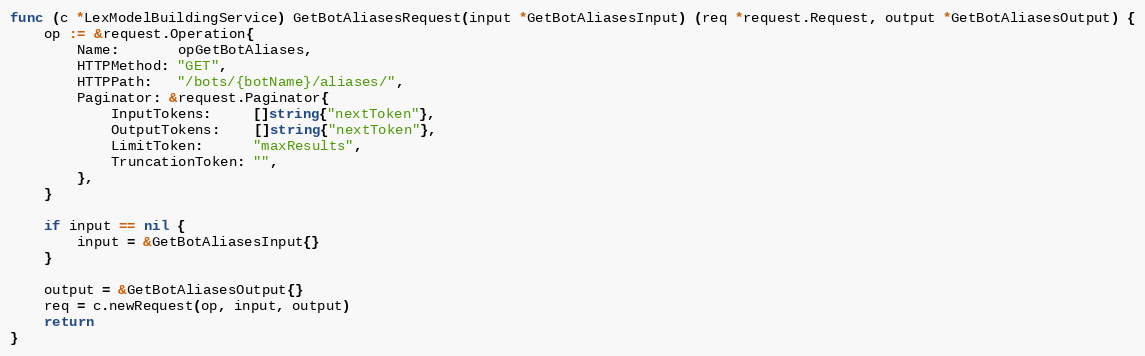
Language: Go
func (c *LexModelBuildingService) GetBotAliasesRequest(input *GetBotAliasesInput) (req *request.Request, output *GetBotAliasesOutput) {
	op := &request.Operation{
		Name:       opGetBotAliases,
		HTTPMethod: "GET",
		HTTPPath:   "/bots/{botName}/aliases/",
		Paginator: &request.Paginator{
			InputTokens:     []string{"nextToken"},
			OutputTokens:    []string{"nextToken"},
			LimitToken:      "maxResults",
			TruncationToken: "",
		},
	}

	if input == nil {
		input = &GetBotAliasesInput{}
	}

	output = &GetBotAliasesOutput{}
	req = c.newRequest(op, input, output)
	return
}